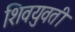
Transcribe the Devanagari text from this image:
शिवयुवती